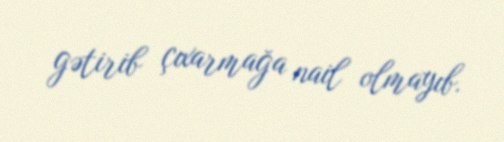
gətirib çıxarmağa nail olmayıb.